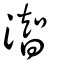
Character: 潪